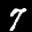
Label: 7